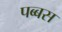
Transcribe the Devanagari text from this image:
पब्बस